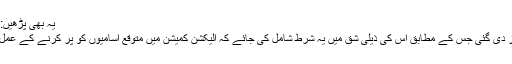
یہ بھی پڑھیں: آٹو انڈسٹری کی فروخت میں کمی، ملازمتوں کو خطرہ
اس بل میں آئین کی دفعہ 215 میں ترمیم کی بھی تجویز دی گئی جس کے مطابق اس کی ذیلی شق میں یہ شرط شامل کی جائے کہ الیکشن کمیشن میں متوقع آسامیوں کو پُر کرنے کے عمل کی تکمیل کرلی جائے تا کہ غلطیوں سے بچا جاسکے۔